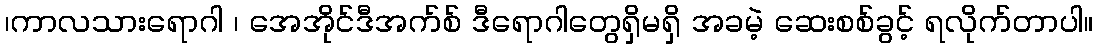
၊ကာလသားရောဂါ ၊ အေအိုင်ဒီအက်စ် ဒီရောဂါတွေရှိမရှိ အခမဲ့ ဆေးစစ်ခွင့် ရလိုက်တာပါ။